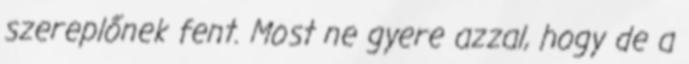
szereplőnek fent. Most ne gyere azzal, hogy de a